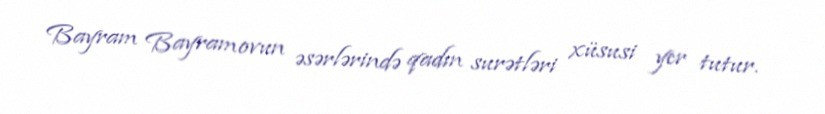
Bayram Bayramovun əsərlərində qadın surətləri xüsusi yer tutur.